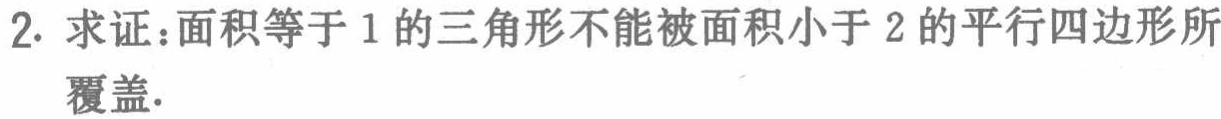
2. 求证：面积等于1的三角形不能被面积小于2的平行四边形所覆盖.